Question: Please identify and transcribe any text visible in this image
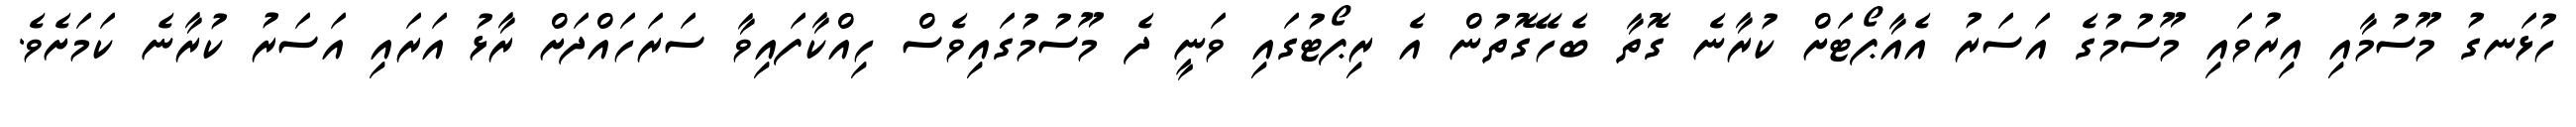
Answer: ހުޅަނގު މޫސުމާއި އިރުވައި މޫސުމުގެ އަސަރު އެއާޕޯޓަށް ކުރާނެ ގޮތާ ބެހޭގޮތުން އެ ރިޕޯޓުގައި ވަނީ ދެ މޫސުމުގައިވެސް ހިއްކާފައިވާ ސަރަހައްދަށް ރާޅު އަރައި އަސަރު ކުރާނެ ކަމަށެވެ.